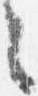
之